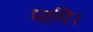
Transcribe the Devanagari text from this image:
पायि।